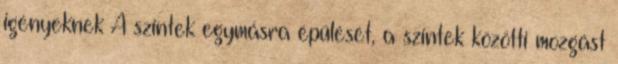
igényeknek A szintek egymásra épülését, a szintek közötti mozgást